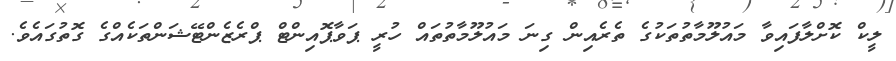
ލީކް ކޮށްލާފައިވާ މައުލޫމާތުތަކުގެ ތެރެއިން ގިނަ މައުލޫމާތުތައް ހުރީ ޕަވާޕޮއިންޓް ޕްރެޒެންޓޭޝަންތަކެއްގެ ގޮތުގައެވެ.